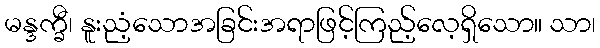
မန္ဒက္ခီ၊ နူးညံ့သောအခြင်းအရာဖြင့်ကြည့်လေ့ရှိသော။ သာ၊